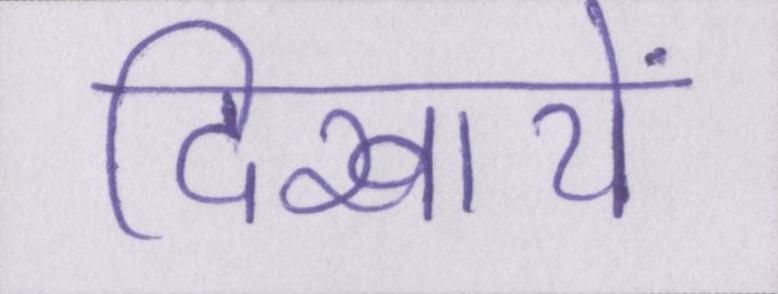
दिखायें